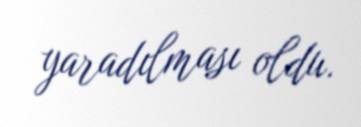
yaradılması oldu.